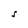
Character: S